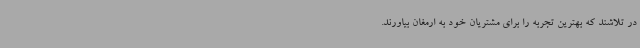
در تلاشند که بهترین تجربه را برای مشتریان خود به ارمغان بیاورند.